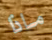
ماذا